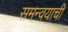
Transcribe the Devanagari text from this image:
समन्वयाची